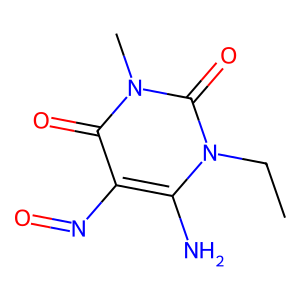
SMILES: CCn1c(N)c(N=O)c(=O)n(C)c1=O
Inhibits HIV replication: No